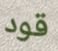
قود